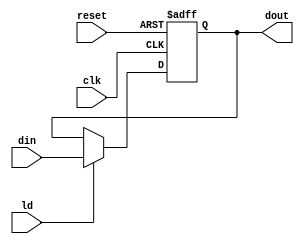
module register8 (clk, reset, ld, din, dout);
  input       clk, reset, ld;
  input[7:0]  din;
  output[7:0] dout;
  reg[7:0]    dout;
  
  // Use of asynchronous reset
  always @(posedge clk or posedge reset)
    if (reset == 1'b1) 
      dout <= 0;
    // Change register state on rising edge and assertion of load line
    else if (ld == 1'b1) 
      dout <= din;

endmodule